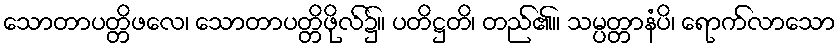
သောတာပတ္တိဖလေ၊ သောတာပတ္တိဖိုလ်၌။ ပတိဋ္ဌတိ၊ တည်၏။ သမ္ပတ္တာနံပိ၊ ရောက်လာသော